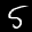
Label: 5